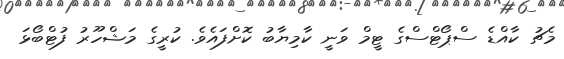
މެޗު ކާއްޑެ ސްޕޯޓްސްގެ ޓީމް ވަނީ ކާމިޔާބު ކޮށްފައެވެ. ކުރީގެ މަޝްހޫރު ފުޓްބޯޅަ